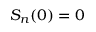
S _ { n } ( 0 ) = 0